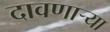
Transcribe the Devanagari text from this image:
दावणाऱ्या